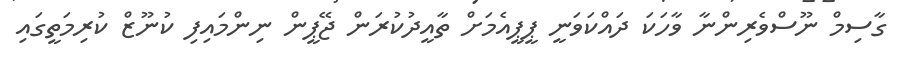
ގާސިމް ނޫސްވެރިންނާ ވާހަކަ ދައްކަވަނީ ޕީޕީއެމަށް ތާއީދުކުރަން ޖޭޕީން ނިންމައިފި ކުނޫޒް ކުރިމަތީގައި